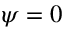
\psi = 0